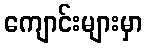
ကျောင်းများမှာ